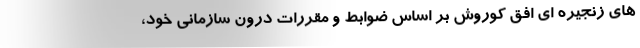
های زنجیره ای افق کوروش بر اساس ضوابط و مقررات درون سازمانی خود،